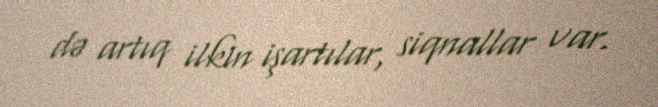
də artıq ilkin işartılar, siqnallar var.